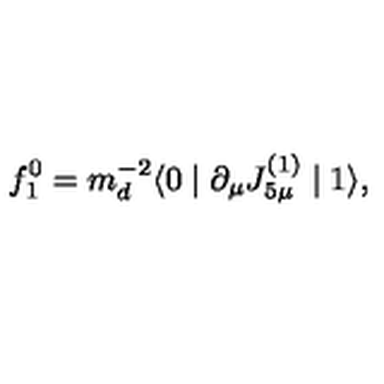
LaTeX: f _ { 1 } ^ { 0 } = m _ { d } ^ { - 2 } \langle 0 \mid \partial _ { \mu } J _ { 5 \mu } ^ { ( 1 ) } \mid 1 \rangle ,